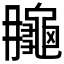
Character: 𪚮